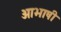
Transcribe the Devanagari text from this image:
आभाषी